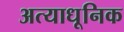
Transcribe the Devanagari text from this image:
अत्याधूनिक